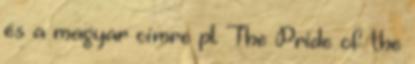
és a magyar címre pl. The Pride of the